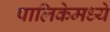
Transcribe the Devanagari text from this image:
पालिकेमध्ये